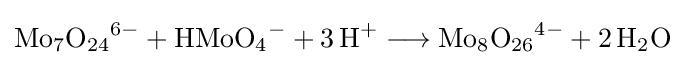
{\mathrm {Mo} {\vphantom {A}}_{\smash[{t}]{7}}\mathrm {O} {\vphantom {A}}_{\smash[{t}]{24}}{\vphantom {A}}^{6-}{}+{}\mathrm {HMoO} {\vphantom {A}}_{\smash[{t}]{4}}{\vphantom {A}}^{-}{}+{}3\,\mathrm {H} {\vphantom {A}}^{+}{}\mathrel {\longrightarrow } {}\mathrm {Mo} {\vphantom {A}}_{\smash[{t}]{8}}\mathrm {O} {\vphantom {A}}_{\smash[{t}]{26}}{\vphantom {A}}^{4-}{}+{}2\,\mathrm {H} {\vphantom {A}}_{\smash[{t}]{2}}\mathrm {O} }